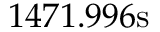
1 4 7 1 . 9 9 6 \mathrm { s }